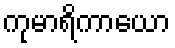
ကုမာရိကာယော